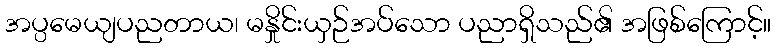
အပ္ပမေယျပညတာယ၊ မနှိုင်းယှဉ်အပ်သော ပညာရှိသည်၏ အဖြစ်ကြောင့်။